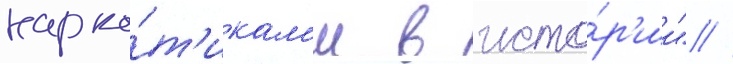
нарко́т'икам'и в исто́р'ии" //